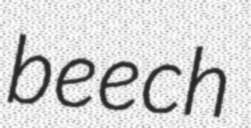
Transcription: beech